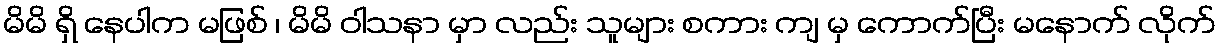
မိမိ ရှိ နေပါက မဖြစ် ၊ မိမိ ဝါသနာ မှာ လည်း သူများ စကား ကျ မှ ကောက်ပြီး မနောက် လိုက်